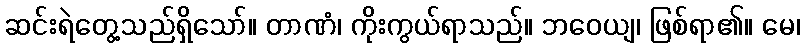
ဆင်းရဲတွေ့သည်ရှိသော်။ တာဏံ၊ ကိုးကွယ်ရာသည်။ ဘဝေယျ၊ ဖြစ်ရာ၏။ မေ၊